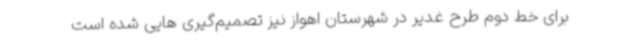
برای خط دوم طرح غدیر در شهرستان اهواز نیز تصمیم‌گیری هایی شده است